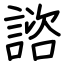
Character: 諮